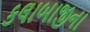
કલાબાજીના